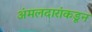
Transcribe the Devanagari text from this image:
अंमलदारांकडून